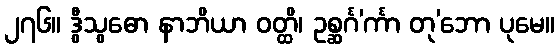
၂၇၆။ ဒွီသွဓော နာဘိယာ ဝတ္ထိ၊ ဥစ္ဆင်္ဂ’င်္ကာ တု’ဘော ပုမေ။